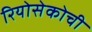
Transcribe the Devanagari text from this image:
रियोसेकोची